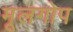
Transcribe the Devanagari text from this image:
मूलगोप